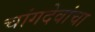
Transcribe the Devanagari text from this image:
चांगदेवांचा